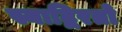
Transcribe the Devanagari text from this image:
स्याद्विरतो